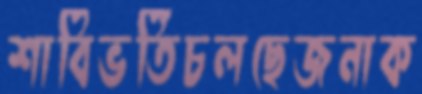
শাবিভর্তিচলছেজনাক